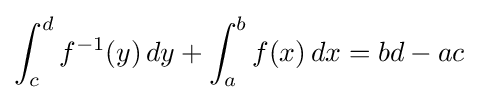
\int _{c}^{d}f^{-1}(y)\,dy+\int _{a}^{b}f(x)\,dx=bd-ac